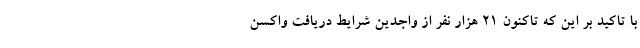
با تاکید بر این که تاکنون 21 هزار نفر از واجدین شرایط دریافت واکسن